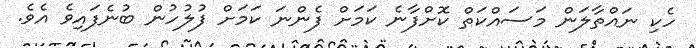
ހެކި ނައްތާލަން މަސައްކަތް ކޮށްފާނެ ކަމަށް ފެންނަ ކަމަށް ފުލުހުން ބުނެފައިވެ އެވެ.